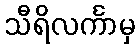
သီရိလင်္ကာမှ